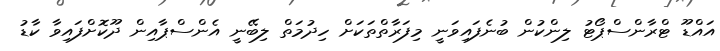
އައްޑޫ ޓްރާންސްޕޯޓު ލިންކުން ބުނެފައިވަނީ މިފަރާތްތަކަށް ހިދުމަތް ލިބޭނީ އެންސްޕާއިން ދޫކޮށްފައިވާ ކާޑު